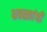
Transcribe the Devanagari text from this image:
धवळ्यांची